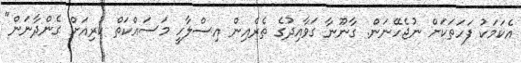
އެކަމަކު ފަހަތަކަށް ނުޖެހޭނަން. ގާނޫނާ ގަވާއިދުގެ ތެރެއިން އިސްލާހީ މަސައްކަތް ކުރިއަށް ގެންދާނަން"